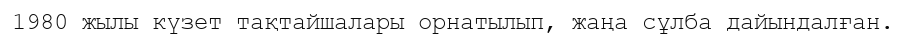
1980 жылы күзет тақтайшалары орнатылып, жаңа сұлба дайындалған.